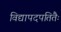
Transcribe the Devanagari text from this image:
विद्यापदपतितैः